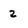
Character: 2